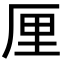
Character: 厘